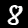
Digit: 8